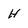
Character: H